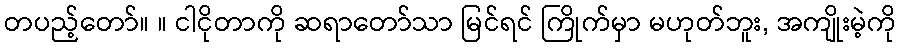
တပည့်တော်။ ။ ငါငိုတာကို ဆရာတော်သာ မြင်ရင် ကြိုက်မှာ မဟုတ်ဘူး, အကျိုးမဲ့ကို